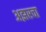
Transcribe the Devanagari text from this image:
अझरचा